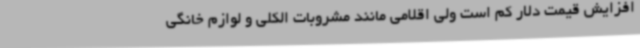
افزایش قیمت دلار کم است ولی اقلامی مانند مشروبات الکلی و لوازم خانگی